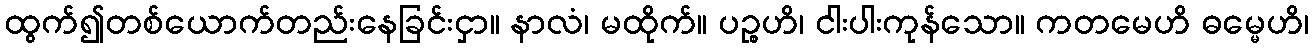
ထွက်၍တစ်ယောက်တည်းနေခြင်းငှာ။ နာလံ၊ မထိုက်။ ပဉ္စဟိ၊ ငါးပါးကုန်သော။ ကတမေဟိ ဓမ္မေဟိ၊